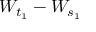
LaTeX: W _ { t _ { 1 } } - W _ { s _ { 1 } }